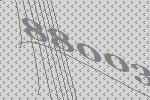
88003